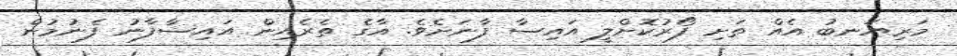
މަރިޔަނބު އެއް ތަށި ފޯރުކޮށްލީ އައިސާ ފާނަށެވެ. އާގެ ތެރެއިން އައިސާފާނު ފެނުމުން